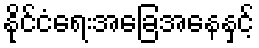
နိုင်ငံရေးအခြေအနေနှင့်